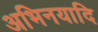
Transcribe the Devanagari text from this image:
अभिनयादि